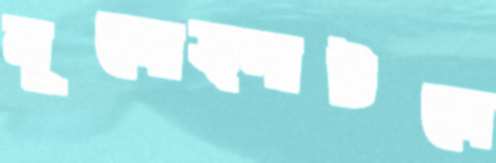
মূলোত্পাটনে